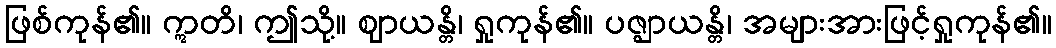
ဖြစ်ကုန်၏။ ဣတိ၊ ဤသို့။ ဈာယန္တိ၊ ရှုကုန်၏။ ပဇ္ဈာယန္တိ၊ အများအားဖြင့်ရှုကုန်၏။